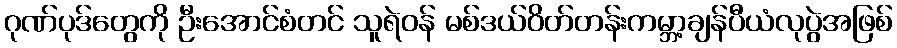
ဂုဏ်ပုဒ်တွေကို ဦးအောင်စံတင် သူရဲဝန် မစ်ဒယ်ဝိတ်တန်းကမ္ဘာ့ချန်ပီယံလုပွဲအဖြစ်